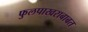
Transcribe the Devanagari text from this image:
फुलपाखराबाबत